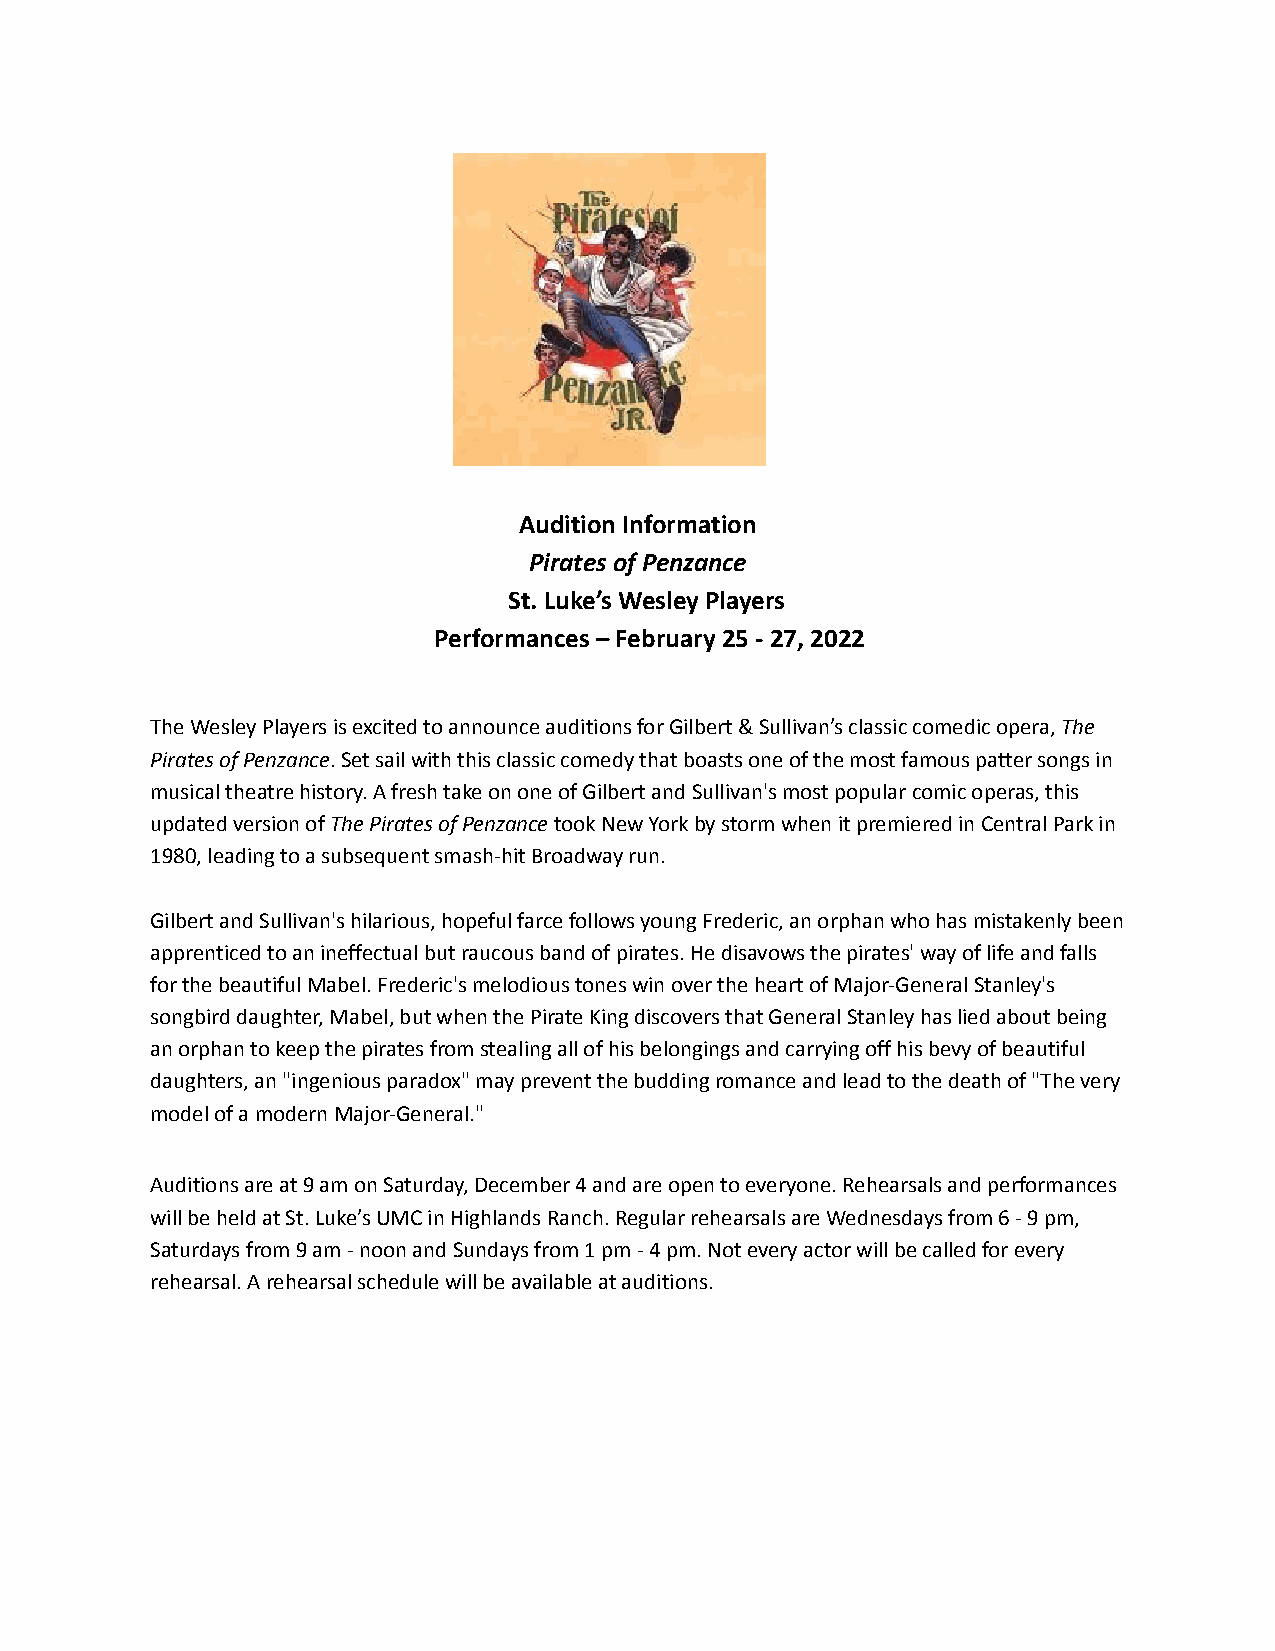
Audition Information
 Pirates of Penzance
 St. Luke’s Wesley Players
 Performances – February 25 - 27, 2022
 The Wesley Players is excited to announce auditions for Gilbert & Sullivan’s classic comedic opera,The
 Pirates of Penzance. Set sail with this classic comedythat boasts one of the most famous patter songs in
 musical theatre history. A fresh take on one of Gilbert and Sullivan's most popular comic operas, this
 updated version ofThe Pirates of Penzancetook NewYork by storm when it premiered in Central Park in
 1980, leading to a subsequent smash-hit Broadway run.
 Gilbert and Sullivan's hilarious, hopeful farce follows young Frederic, an orphan who has mistakenly been
 apprenticed to an ineffectual but raucous band of pirates. He disavows the pirates' way of life and falls
 for the beautiful Mabel. Frederic's melodious tones win over the heart of Major-General Stanley's
 songbird daughter, Mabel, but when the Pirate King discovers that General Stanley has lied about being
 an orphan to keep the pirates from stealing all of his belongings and carrying off his bevy of beautiful
 daughters, an "ingenious paradox" may prevent the budding romance and lead to the death of "The very
 model of a modern Major-General."
 Auditions are at 9 am on Saturday, December 4 and are open to everyone. Rehearsals and performances
 will be held at St. Luke’s UMC in Highlands Ranch. Regular rehearsals are Wednesdays from 6 - 9 pm,
 Saturdays from 9 am - noon and Sundays from 1 pm - 4 pm. Not every actor will be called for every
 rehearsal. A rehearsal schedule will be available at auditions.